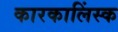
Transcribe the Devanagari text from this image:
कारकालिंस्क